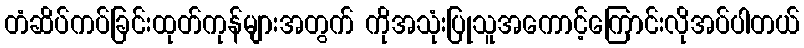
တံဆိပ်ကပ်ခြင်းထုတ်ကုန်များအတွက် ကိုအသုံးပြုသူအကောင့်ကြောင်းလိုအပ်ပါတယ်